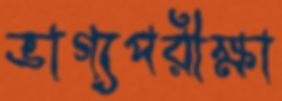
ভাগ্যপরীক্ষা